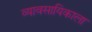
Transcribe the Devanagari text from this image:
व्यावसायिकाला